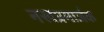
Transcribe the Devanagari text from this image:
नखप्रमार्जक